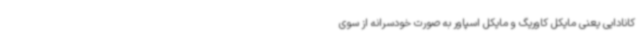
کانادایی یعنی مایکل کاوریگ و مایکل اسپاور به صورت خودسرانه از سوی